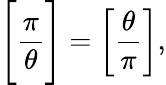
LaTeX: {\Bigg[}{\frac{\pi}{\theta}}{\Bigg]}=\left[{\frac{\theta}{\pi}}\right],